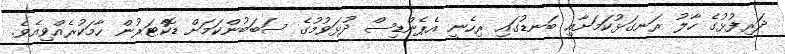
ދަރިފުޅުގެ ހާލު ރަނގަޅުކަމަށާއި ބަނޑުގައި ރިހެނީ އެޕެންޑިސް ދުޅަވުމުގެ ސަބަބުންކަމަށް ޑޮކްޓަރުން ހާމަކުރެއްވިއެވެ.